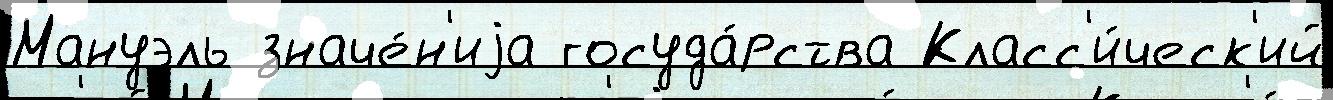
Мануэль значе́н'иjа госуда́рства Класс'и́ческ'ий